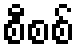
စီစစ်